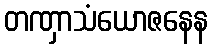
တဏှာသံယောဇနေန